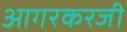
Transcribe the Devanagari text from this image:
आगरकरजी